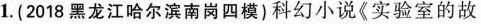
1.(2018黑龙江哈尔滨南岗四模)科幻小说《实验室的故